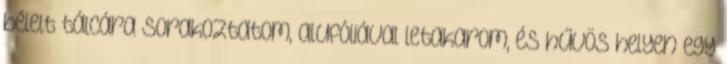
bélelt tálcára sorakoztatom, alufóliával letakarom, és hűvös helyen egy